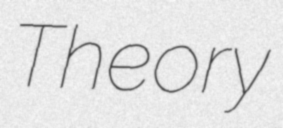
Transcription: Theory